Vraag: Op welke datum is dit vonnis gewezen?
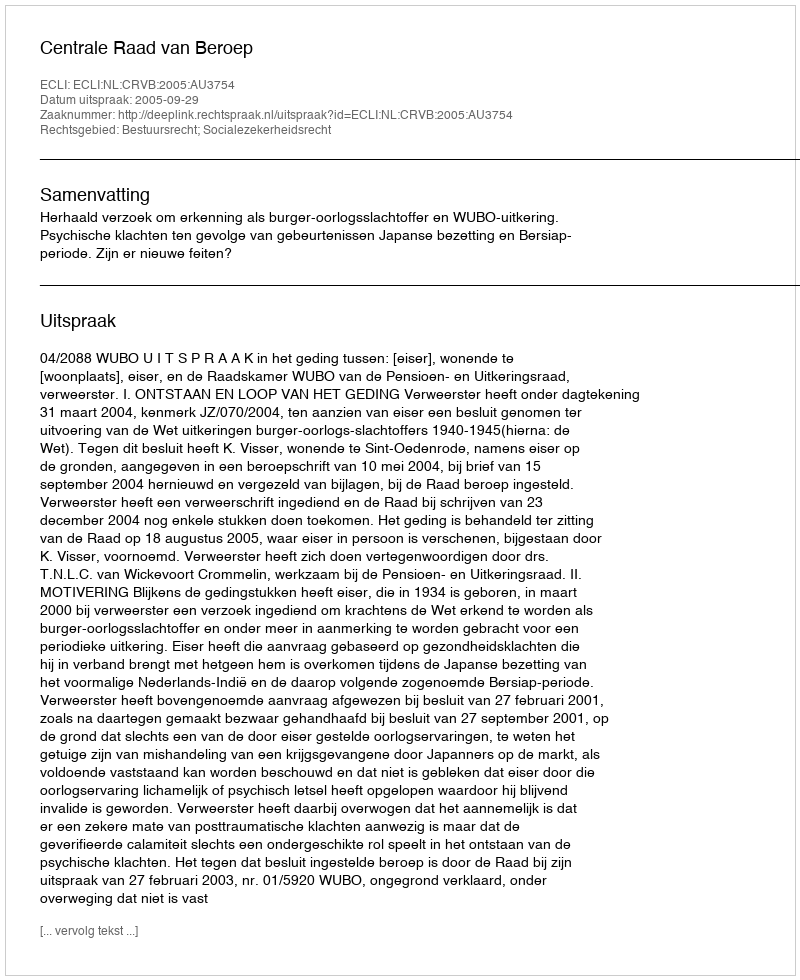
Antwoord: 2005-09-29